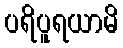
ပရိပူရယာမိ